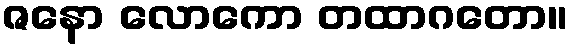
ဇနော လောကော တထာဂတော။